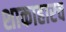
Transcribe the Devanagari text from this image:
शाकाहारच